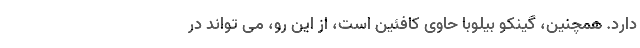
دارد. همچنین، گینکو بیلوبا حاوی کافئین است، از این رو، می تواند در